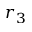
r _ { 3 }